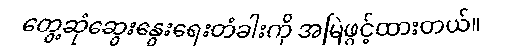
တွေ့ဆုံဆွေးနွေးရေးတံခါးကို အမြဲဖွင့်ထားတယ်။